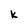
Character: k